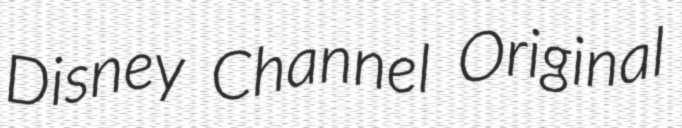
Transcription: Disney Channel Original